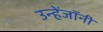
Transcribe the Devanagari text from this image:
उन्हेंजॉनी